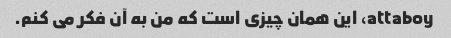
attaboy، این همان چیزی است که من به آن فکر می کنم.